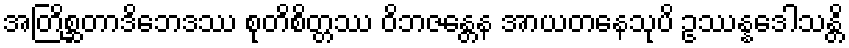
အတြိစ္ဆတာဒိဘေဒဿ စုတိစိတ္တဿ ဝိဘဇန္တေန အာယတနေသုပိ ဥဿန္နဒေါသန္တိ